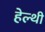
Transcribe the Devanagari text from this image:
हेल्थी